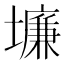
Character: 𱘉